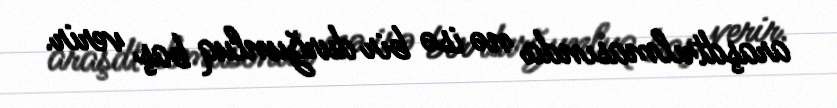
araşdtrılmasında nə isə bir durğunluq baş verir.